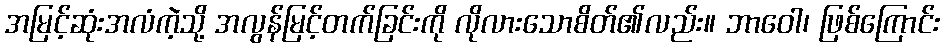
အမြင့်ဆုံးအလံကဲ့သို့ အလွန်မြင့်တက်ခြင်းကို လိုလားသောစိတ်၏လည်း။ ဘာဝေါ၊ ဖြစ်ကြောင်း